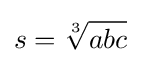
s={\sqrt[{3}]{abc}}